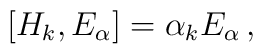
\left[ H_k , E_\alpha \right] = \alpha_k E_\alpha \, ,